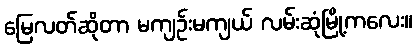
မြေလတ်ဆိုတာ မကျဉ်းမကျယ် လမ်းဆုံမြို့ကလေး။